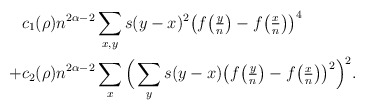
\begin{align*}&c_1(\rho) n^{2\alpha -2} \sum_{x,y} s(y-x)^2 \big(f\big(\tfrac{y}{n}\big) - f\big(\tfrac{x}{n}\big) \big)^4\\+&c_2(\rho) n^{2\alpha-2} \sum_{x} \Big(\sum_{y} s(y-x)\big(f\big(\tfrac{y}{n}\big)-f\big(\tfrac{x}{n}\big)\big)^2\Big)^2.\end{align*}